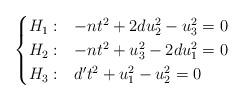
LaTeX: \begin{align*}\begin{cases}H_1:& -nt^2+2du_2^2-u_3^2=0\\H_2:& -nt^2+u_3^2-2du_1^2=0\\H_3:& d't^2+u_1^2-u_2^2=0\end{cases}\end{align*}